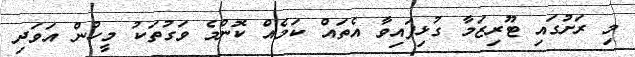
މި ރަށުގައި ޓޫރިޒަމާ ގުޅިފައިވާ އެތައް ކަމެއް ކޮންމެ ވަގުތަކު މީހުން އަވަދި